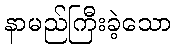
နာမည်ကြီးခဲ့သော